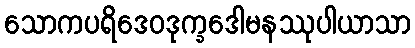
သောကပရိဒေဝဒုက္ခဒေါမနဿုပါယာသာ